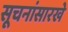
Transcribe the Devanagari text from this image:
सूचनांसारखे